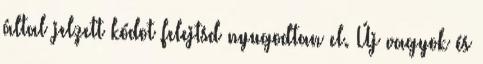
által jelzett kódot felejtsd nyugodtan el. Új vagyok és